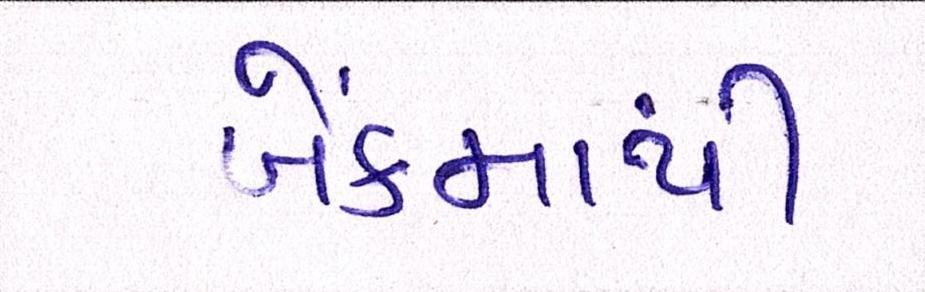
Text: બેંકમાંથી